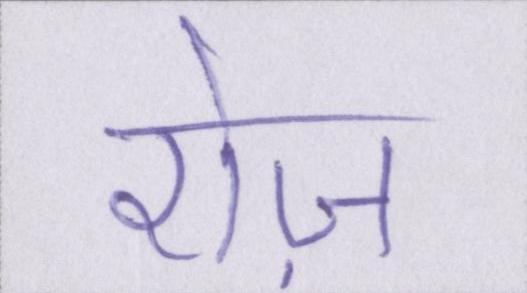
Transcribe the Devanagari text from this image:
रोज़